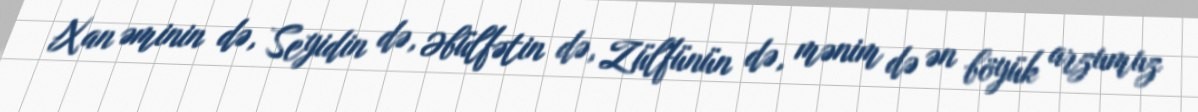
Xan əminin də, Seyidin də, Əbülfətin də, Zülfünün də, mənim də ən böyük arzumuz